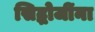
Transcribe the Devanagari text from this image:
सिद्धोजींना